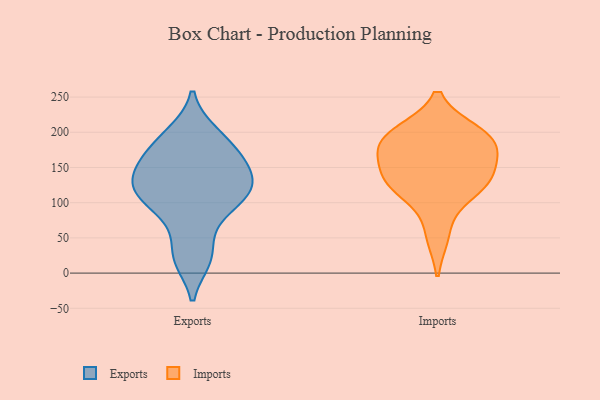
{"axis": {"x": "Temperature (°C)", "y": "Value"}, "legend": ["Exports", "Imports"], "data": [{"x": "", "y": 108, "type": "Exports"}, {"x": "", "y": 151, "type": "Exports"}, {"x": "", "y": 22, "type": "Exports"}, {"x": "", "y": 94, "type": "Exports"}, {"x": "", "y": 163, "type": "Exports"}, {"x": "", "y": 19, "type": "Exports"}, {"x": "", "y": 110, "type": "Exports"}, {"x": "", "y": 124, "type": "Exports"}, {"x": "", "y": 125, "type": "Exports"}, {"x": "", "y": 65, "type": "Exports"}, {"x": "", "y": 169, "type": "Exports"}, {"x": "", "y": 154, "type": "Exports"}, {"x": "", "y": 122, "type": "Exports"}, {"x": "", "y": 200, "type": "Exports"}, {"x": "", "y": 195, "type": "Exports"}, {"x": "", "y": 115, "type": "Imports"}, {"x": "", "y": 157, "type": "Imports"}, {"x": "", "y": 198, "type": "Imports"}, {"x": "", "y": 183, "type": "Imports"}, {"x": "", "y": 190, "type": "Imports"}, {"x": "", "y": 131, "type": "Imports"}, {"x": "", "y": 127, "type": "Imports"}, {"x": "", "y": 173, "type": "Imports"}, {"x": "", "y": 54, "type": "Imports"}, {"x": "", "y": 199, "type": "Imports"}, {"x": "", "y": 131, "type": "Imports"}]}